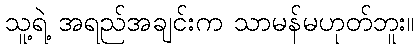
သူ့ရဲ့ အရည်အချင်းက သာမန်မဟုတ်ဘူး။